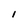
Character: l